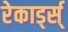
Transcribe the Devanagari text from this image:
रेकार्ड्स्